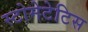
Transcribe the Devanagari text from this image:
स्टोमेटेटिस